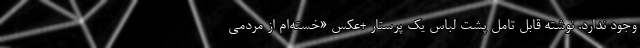
وجود ندارد. نوشته قابل تامل پشت لباس یک پرستار +عکس «خسته‌ام از مردمی